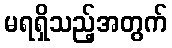
မရရှိသည့်အတွက်